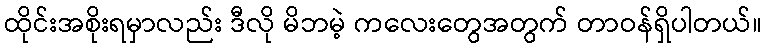
ထိုင်းအစိုးရမှာလည်း ဒီလို မိဘမဲ့ ကလေးတွေအတွက် တာဝန်ရှိပါတယ်။